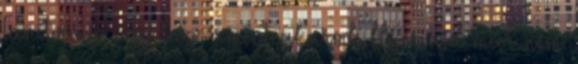
Tanítvány, úgy lesz, amint akarod. Ha majd már nem